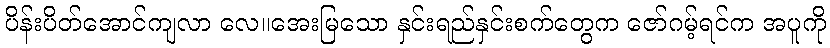
ပိန်းပိတ်အောင်ကျလာ လေ။အေးမြသော နှင်းရည်နှင်းစက်တွေက ဇော်ဂမ့်ရင်က အပူကို